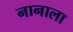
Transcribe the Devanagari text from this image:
नानाला